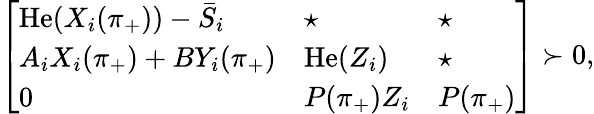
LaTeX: \left[\begin{array}{l}{\begin{array}{lll}{\operatorname{He}(X_{i}(\pi_{+}))-\bar{S}_{i}}&{\star}&{\star}\\ {A_{i}X_{i}(\pi_{+})+BY_{i}(\pi_{+})}&{\operatorname{He}(Z_{i})}&{\star}\\ {0}&{P(\pi_{+})Z_{i}}&{P(\pi_{+})}\end{array}}\end{array}\right]\succ 0,